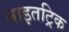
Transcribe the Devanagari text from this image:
नाइतट्रिक